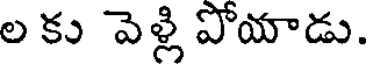
ల కు వెళ్లి పోయాడు.